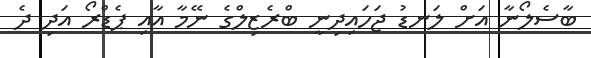
ބާސެލޯނާ އަށް ލަނޑު ޖަހައިދިނީ ބްރެޒިލްގެ ނޭމާ އާއި ޕެޑްރޯ އަދި ދެ